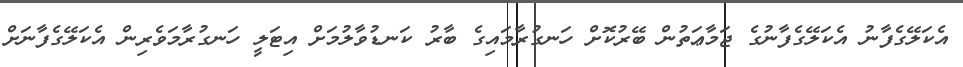
އެކަލޭގެފާނު އެކަލޭގެފާނުގެ ޖަމާޢަތުން ބޭރުކޮށް ހަނގުރާމައިގެ ބާރު ކަނޑުވާލުމަށް އިޓަލީ ހަނގުރާމަވެރިން އެކަލޭގެފާނަށް